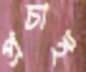
প্রচাই